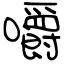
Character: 嚼